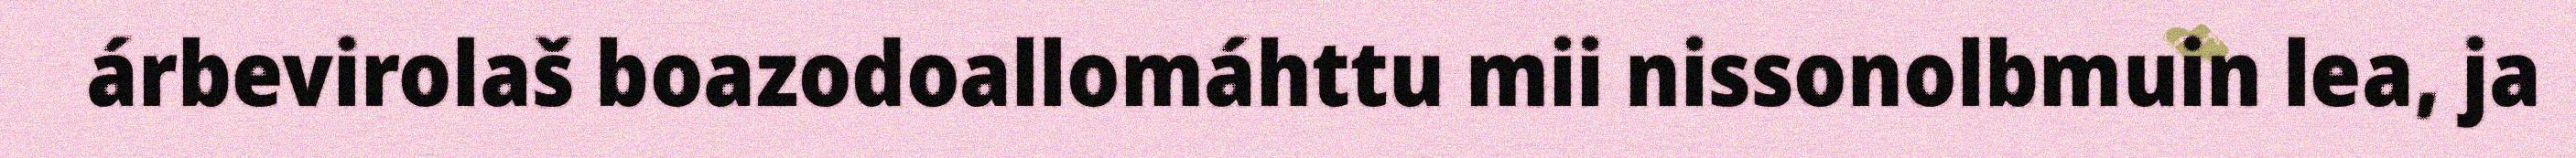
árbevirolaš boazodoallomáhttu mii nissonolbmuin lea, ja